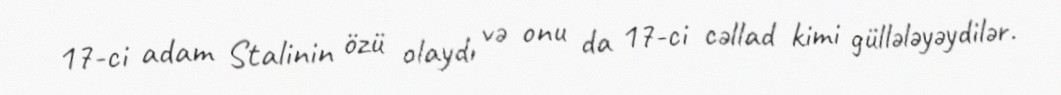
17-ci adam Stalinin özü olaydı və onu da 17-ci cəllad kimi güllələyəydilər.